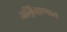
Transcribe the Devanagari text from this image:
अग्निबाणात